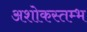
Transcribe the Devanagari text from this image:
अशोकस्तम्भ